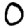
Digit: 0